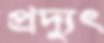
প্রদ্যুৎ